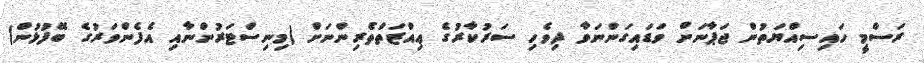
ރަސްމީ ހައިސިއްޔަތުން ޖަޕާނަށް ވަޑައިގަންނަވާ ދިވެހި ސަރުކާރުގެ ޢިއްޒަތްތެރިންނަށް (މިނިސްޓަރުންނާއި އެފެންވަރުގެ ބޭފުޅުން)